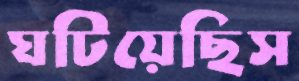
ঘটিয়েছিস